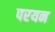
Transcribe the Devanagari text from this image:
परयन